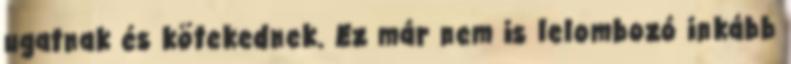
ugatnak és kötekednek. Ez már nem is lelombozó inkább